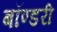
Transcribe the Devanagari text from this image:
बॉण्डरी